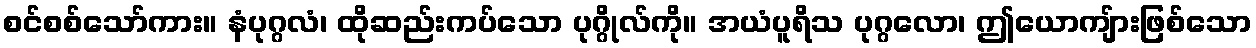
စင်စစ်သော်ကား။ နံပုဂ္ဂလံ၊ ထိုဆည်းကပ်သော ပုဂ္ဂိုလ်ကို။ အယံပူရိသ ပုဂ္ဂလော၊ ဤယောကျ်ားဖြစ်သော